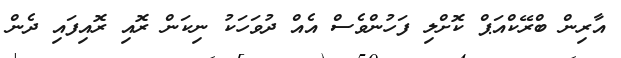
އާރިން ބްރޭކްއަޕް ކޮށްލި ފަހުންވެސް އެއް ދުވަހަކު ނިކަން ރޮއި ރޮއިފައި ދެން